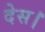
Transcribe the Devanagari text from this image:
देस।